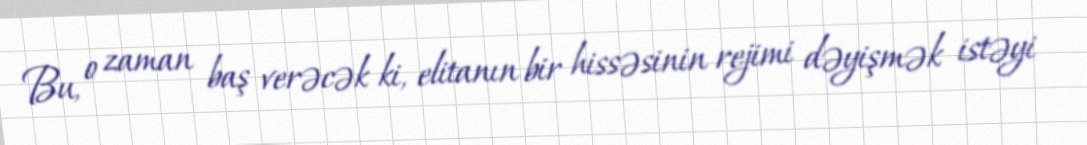
Bu, o zaman baş verəcək ki, elitanın bir hissəsinin rejimi dəyişmək istəyi